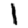
Digit: 1